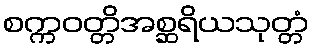
စက္ကဝတ္တိအစ္ဆရိယသုတ္တံ